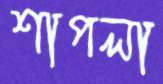
শাপলা